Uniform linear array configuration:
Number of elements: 24
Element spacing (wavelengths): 0.25
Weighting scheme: exponential
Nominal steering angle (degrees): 15
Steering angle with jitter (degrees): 14.846
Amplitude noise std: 0.05
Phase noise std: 0.05

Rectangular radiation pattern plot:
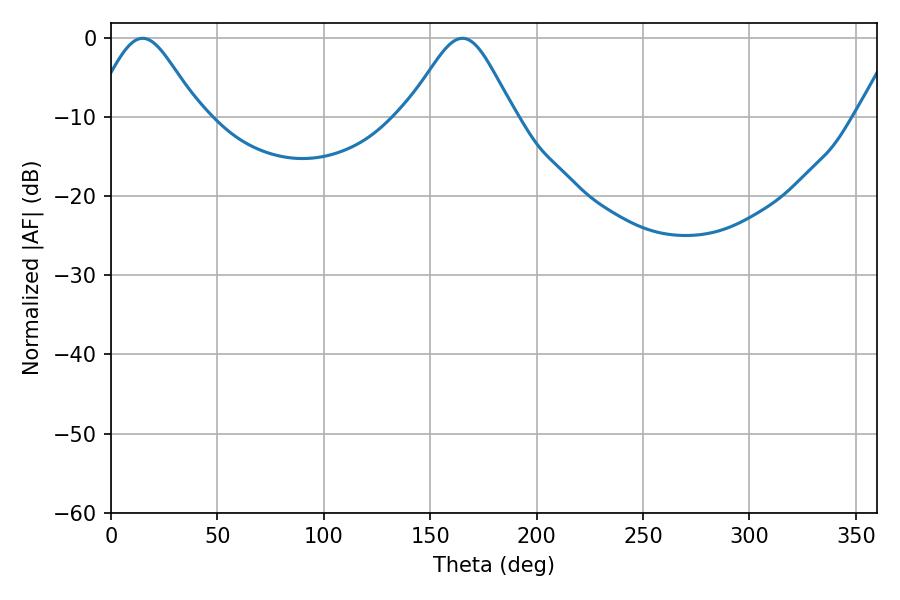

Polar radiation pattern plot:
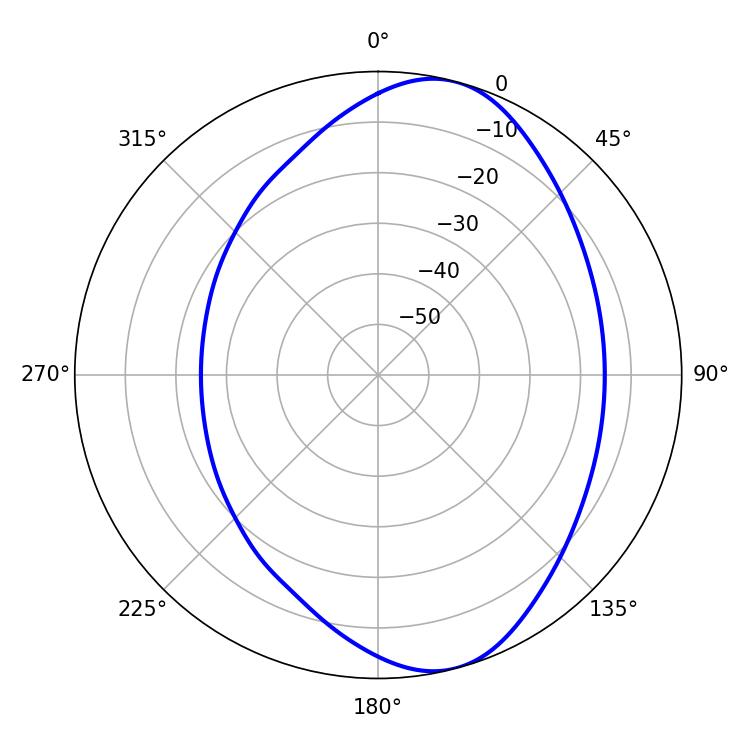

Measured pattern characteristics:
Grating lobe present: FALSE
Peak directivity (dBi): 8.076
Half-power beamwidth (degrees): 24.84
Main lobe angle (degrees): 14.94